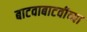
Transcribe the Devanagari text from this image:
बाटवाबाटवीच्या